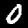
Label: 0